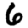
Digit: 6